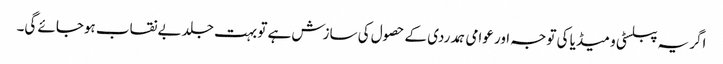
اگر یہ پبلسٹی و میڈیا کی توجہ اور عوامی ہمدردی کے حصول کی سازش ہے تو بہت جلد بے نقاب ہوجائے گی۔